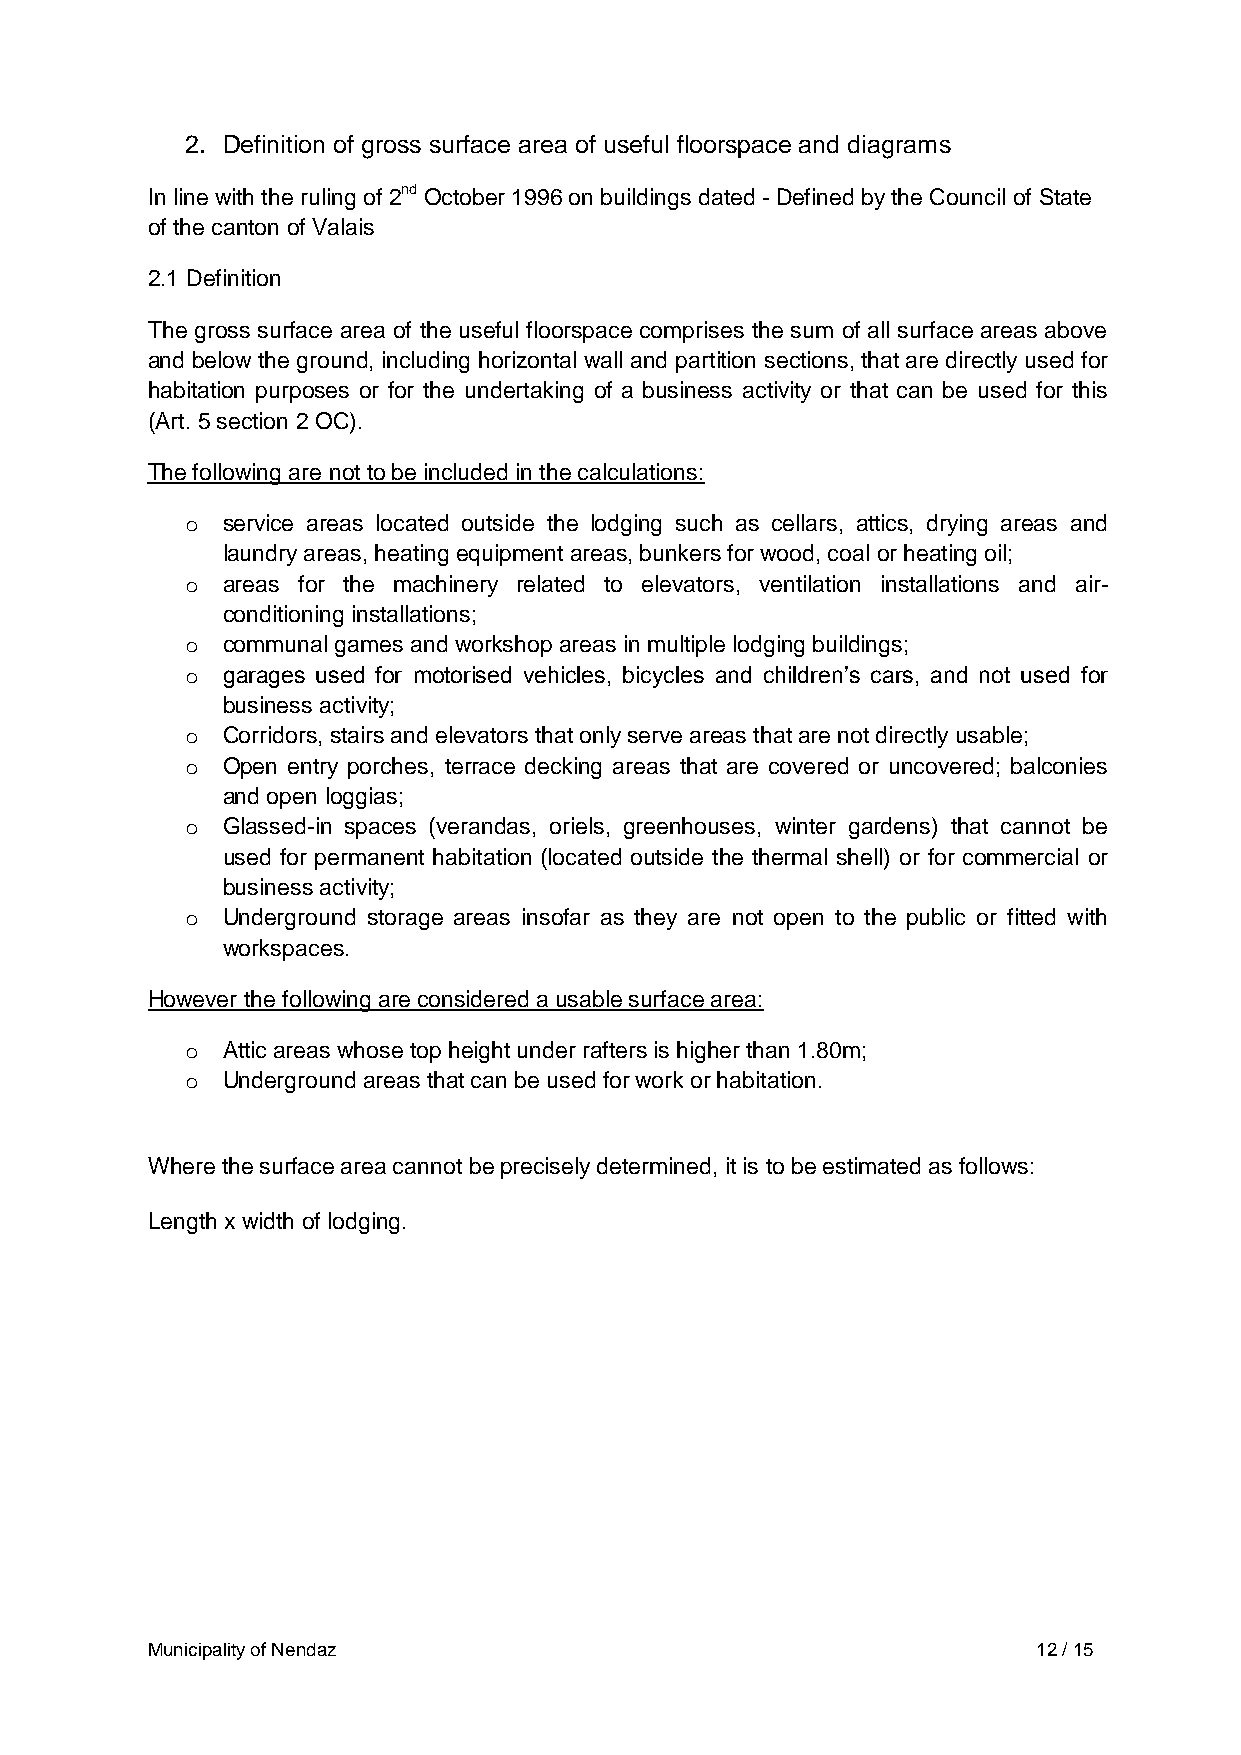
2. Definition of gross surface area of useful floorspace and diagrams
 In line with the ruling of 2nd October 1996 on buildings dated - Defined by the Council of State
 of the canton of Valais
 2.1 Definition
 The gross surface area of the useful floorspace comprises the sum of all surface areas above
 and below the ground, including horizontal wall and partition sections, that are directly used for
 habitation purposes or for the undertaking of a business activity or that can be used for this
 (Art. 5 section 2 OC).
 The following are not to be included in the calculations:
 o  service areas located outside the lodging such as cellars, attics, drying areas and
 laundry areas, heating equipment areas, bunkers for wood, coal or heating oil;
 o  areas for the machinery related to elevators, ventilation installations and air-
 conditioning installations;
 o  communal games and workshop areas in multiple lodging buildings;
 o  garages used for motorised vehicles, bicycles and children’s cars, and not used for
 business activity;
 o  Corridors, stairs and elevators that only serve areas that are not directly usable;
 o  Open entry porches, terrace decking areas that are covered or uncovered; balconies
 and open loggias;
 o  Glassed-in spaces (verandas, oriels, greenhouses, winter gardens) that cannot be
 used for permanent habitation (located outside the thermal shell) or for commercial or
 business activity;
 o  Underground storage areas insofar as they are not open to the public or fitted with
 workspaces.
 However the following are considered a usable surface area:
 o  Attic areas whose top height under rafters is higher than 1.80m;
 o  Underground areas that can be used for work or habitation.
 Where the surface area cannot be precisely determined, it is to be estimated as follows:
 Length x width of lodging.
 Municipality of Nendaz                                     12 / 15